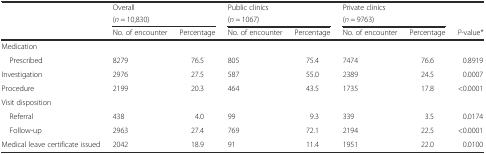
<table><thead><tr><td rowspan="2"></td><td colspan="2"><b>Overall</b></td><td colspan="2"><b>Public clinics</b></td><td colspan="2"><b>Private clinics</b></td><td rowspan="2"></td></tr><tr><td colspan="2"><b>(<i>n</i> = 10,830)</b></td><td colspan="2"><b>(<i>n</i> = 1067)</b></td><td colspan="2"><b>(<i>n</i> = 9763)</b></td></tr><tr><td></td><td><b>No. of encounter</b></td><td><b>Percentage</b></td><td><b>No. of encounter</b></td><td><b>Percentage</b></td><td><b>No. of encounter</b></td><td><b>Percentage</b></td><td><b><i>P-</i>value*</b></td></tr></thead><tbody><tr><td>Medication</td><td></td><td></td><td></td><td></td><td></td><td></td><td></td></tr><tr><td> Prescribed</td><td>8279</td><td>76.5</td><td>805</td><td>75.4</td><td>7474</td><td>76.6</td><td>0.8919</td></tr><tr><td>Investigation</td><td>2976</td><td>27.5</td><td>587</td><td>55.0</td><td>2389</td><td>24.5</td><td>0.0007</td></tr><tr><td>Procedure</td><td>2199</td><td>20.3</td><td>464</td><td>43.5</td><td>1735</td><td>17.8</td><td>&lt;0.0001</td></tr><tr><td>Visit disposition</td><td></td><td></td><td></td><td></td><td></td><td></td><td></td></tr><tr><td> Referral</td><td>438</td><td>4.0</td><td>99</td><td>9.3</td><td>339</td><td>3.5</td><td>0.0174</td></tr><tr><td> Follow-up</td><td>2963</td><td>27.4</td><td>769</td><td>72.1</td><td>2194</td><td>22.5</td><td>&lt;0.0001</td></tr><tr><td>Medical leave certificate issued</td><td>2042</td><td>18.9</td><td>91</td><td>11.4</td><td>1951</td><td>22.0</td><td>0.0100</td></tr></tbody></table>